Report of the Indian Hemp Drugs Commission, 1894-1895 - Volume IV
Year: 1894
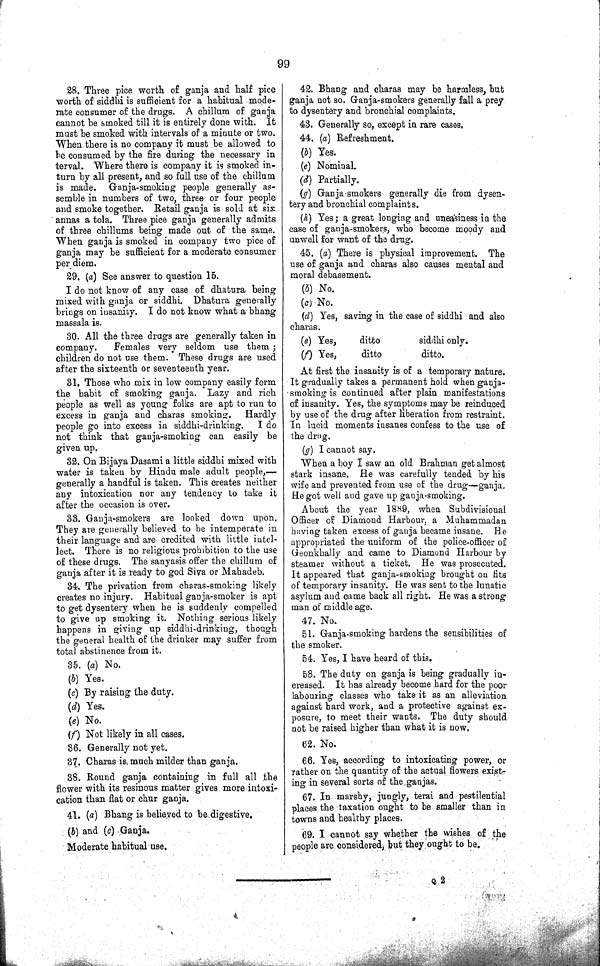
99
28. Three pice worth of ganja and half pice
worth of siddhi is sufficient for a habitual mode-
rate consumer of the drugs. A chillum of ganja
cannot be smoked till it is entirely done with. It
must be smoked with intervals of a minute or two.
When there is no company it must be allowed to
be consumed by the fire during the necessary in
terval. Where there is company it is smoked in-
turn by all present, and so full use of the chillum
is made. Ganja-smoking people generally as-
semble in numbers of two, three or four people
and smoke together. Retail ganja is sold at six
annas a tola. Three pice ganja generally admits
of three chillums being made out of the same.
When ganja is smoked in company two pice of
ganja may be sufficient for a moderate consumer
per diem.
29. (a) See answer to question 15.
I do not know of any case of dhatura being
mixed with ganja or siddhi. Dhatura generally
brings on insanity. I do not know what a bhang
massala is.
30. All the three drugs are generally taken in
company.
Females very seldom use them;
children do not use them. These drugs are used
after the sixteenth or seventeenth year.
31. Those who mix in low company easily form
the habit of smoking ganja. Lazy and rich
people as well as young folks are apt to run to
excess in ganja and charas smoking. Hardly
people go into excess in siddhi-drinking. I do
not think that ganja-smoking can easily be
given up.
32. On Bijaya Dasami a little siddhi mixed with
water is taken by Hindu male adult people,—
generally a handful is taken. This creates neither
any intoxication nor any tendency to take it
after the occasion is over.
33. Ganja-smokers are looked down upon.
They are generally believed to be intemperate in
their language and are credited with little intel-
lect. There is no religious prohibition to the use
of these drugs. The sanyasis offer the chillum of
ganja after it is ready to god Siva or Mahadeb.
34. The privation from charas-smoking likely
creates no injury. Habitual ganja-smoker is apt
to get dysentery when he is suddenly compelled
to give up smoking it. Nothing serious likely
happens in giving up siddhi-drinking, though
the general health of the drinker may suffer from
total abstinence from it.
35. (a) No.
(b) Yes.
(c) By raising the duty.
(d) Yes.
(e) No.
(f) Not likely in all cases.
36. Generally not yet.
37. Charas is much milder than ganja.
38. Round ganja containing in full all the
flower with its resinous matter gives more intoxi¬
cation than flat or chur ganja.
41. (a) Bhang is believed to be digestive.
(b) and (c) Ganja.
Moderate habitual use.
42. Bhang and charas may be harmless, but
ganja not so. Ganja-smokers generally fall a prey
to dysentery and bronchial complaints.
43. Generally so, except in rare cases.
44. (a) Refreshment.
(b) Yes.
(c) Nominal.
(d) Partially.
(g) Ganja-smokers generally die from dysen¬
tery and bronchial complaints.
(h) Yes; a great longing and uneasiness in the
case of ganja-smokers, who become moody and
unwell for want of the drug.
45. (a) There is physical improvement. The
use of ganja and charas also causes mental and
moral debasement.
(b) No.
(c) No.
(d) Yes, saving in the case of siddhi and also
charas.
(e) Yes,
ditto
siddhi only.
(f) Yes,
ditto
ditto.
At first the insanity is of a temporary nature.
It gradually takes a permanent hold when ganja-
smoking is continued after plain manifestations
of insanity. Yes, the symptoms may be reinduced
by use of the drug after liberation from restraint.
In lucid moments insanes confess to the use of
the drug.
(g) I cannot say.
When a boy I saw an old Brahman get almost
stark insane. He was carefully tended by his
wife and prevented from use of the drug—ganja.
He got well and gave up ganja-smoking.
About the year 1889, when Subdivisional
Officer of Diamond Harbour, a Muhammadan
having taken excess of ganja became insane. He
appropriated the uniform of the police-officer of
Geonkhally and came to Diamond Harbour by
steamer without a ticket. He was prosecuted.
It appeared that ganja-smoking brought on fits
of temporary insanity. He was sent to the lunatic
asylum and came back all right. He was a strong
man of middle age.
47. No.
51. Ganja-smoking hardens the sensibilities of
the smoker.
54. Yes, I have heard of this.
58. The duty on ganja is being gradually in¬
creased. It has already become hard for the poor
labouring classes who take it as an alleviation
against hard work, and a protective against ex-
posure, to meet their wants, The duty should
not be raised higher than what it is now.
62. No.
66. Yes, according to intoxicating power, or
rather on the quantity of the actual flowers exist¬
ing in several sorts of the ganjas.
67. In marshy, jungly, terai and pestilential
places the taxation ought to be smaller than in
towns and healthy places.
69. I cannot say whether the wishes of the
people are considered, but they ought to be.
Q 2